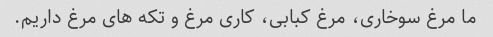
ما مرغ سوخاری، مرغ کبابی، کاری مرغ و تکه های مرغ داریم.